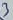
Text: 3